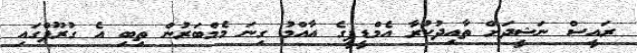
ރައީސް ނަޝީދަށް ތާއިދުކުރާ އެމްޑީޕީގެ އާއްމު ގިނަ މެމްބަރުން ތިބި އެ ގުރޫޕްގައި